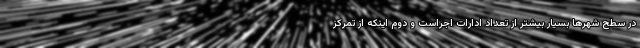
در سطح شهرها بسیار بیشتر از تعداد ادارات اجراست و دوم اینکه از تمرکز